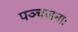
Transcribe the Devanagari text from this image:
पञ्चजनाः